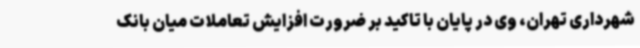
شهرداری تهران، وی در پایان با تاکید بر ضرورت افزایش تعاملات میان بانک